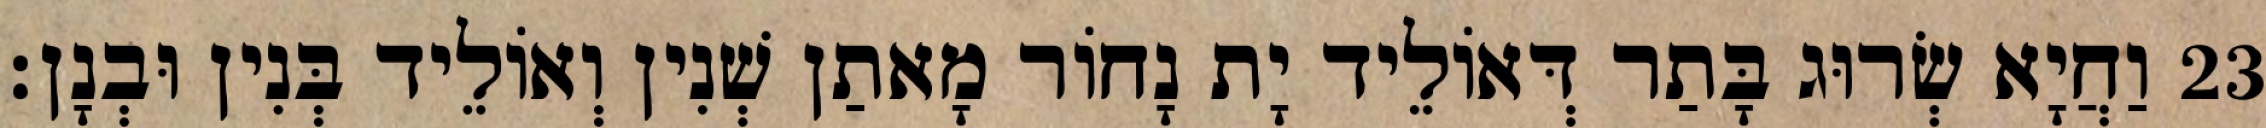
23 וַחֲיָא שְׂרוּג בָּתַר דְּאוֹלֵיד יָת נָחוֹר מָאתַן שְׁנִין וְאוֹלֵיד בְּנִין וּבְנָן׃